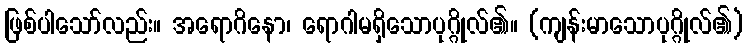
ဖြစ်ပါသော်လည်း။ အရောဂိနော၊ ရောဂါမရှိသောပုဂ္ဂိုလ်၏။ (ကျန်းမာသောပုဂ္ဂိုလ်၏)